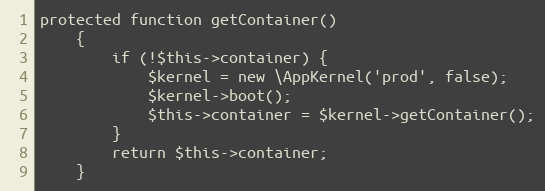
Language: PHP
protected function getContainer()
    {
        if (!$this->container) {
            $kernel = new \AppKernel('prod', false);
            $kernel->boot();
            $this->container = $kernel->getContainer();
        }
        return $this->container;
    }